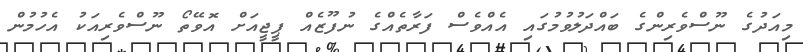
މިއަދުގެ ނޫސްވެރިންގެ ބައްދަލުވުމުގައި އެއްވެސް ފަރާތެއްގެ ނުފޫޒެއް ޕީޖީއަށް އޮވޭތޯ ނޫސްވެރިއަކު އެހުމުން